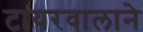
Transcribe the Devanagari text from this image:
टायरवालाने